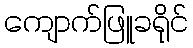
ကျောက်ဖြူခရိုင်